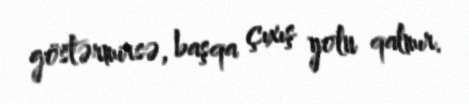
göstərmirsə, başqa çıxış yolu qalmır.